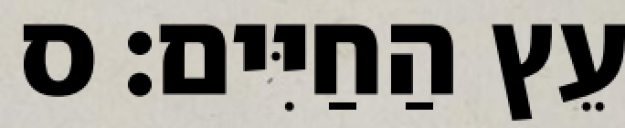
עֵץ הַחַיִּים׃ ס